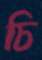
চি